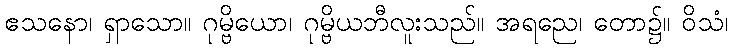
ဧသနော၊ ရှာသော။ ဂုမ္ဗိယော၊ ဂုမ္ဗိယဘီလူးသည်။ အရညေ၊ တော၌။ ဝိသံ၊